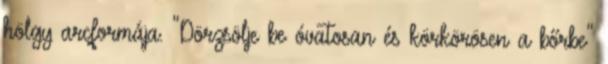
hölgy arcformája. "Dörzsölje be óvatosan és körkörösen a bőrbe"